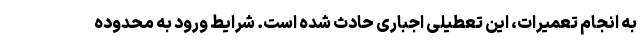
به انجام تعمیرات، این تعطیلی اجباری حادث شده است. شرایط ورود به محدوده